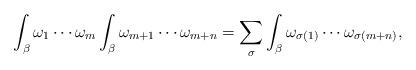
LaTeX: \begin{align*} \int_\beta \omega_1 \cdots \omega_m\int_\beta \omega_{m+1} \cdots \omega_{m + n} = \sum_\sigma \int_\beta \omega_{\sigma(1)} \cdots \omega_{\sigma(m + n)},\end{align*}